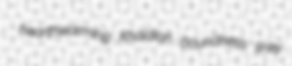
hearthwarming Khaldian boundness linky